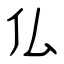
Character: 仏